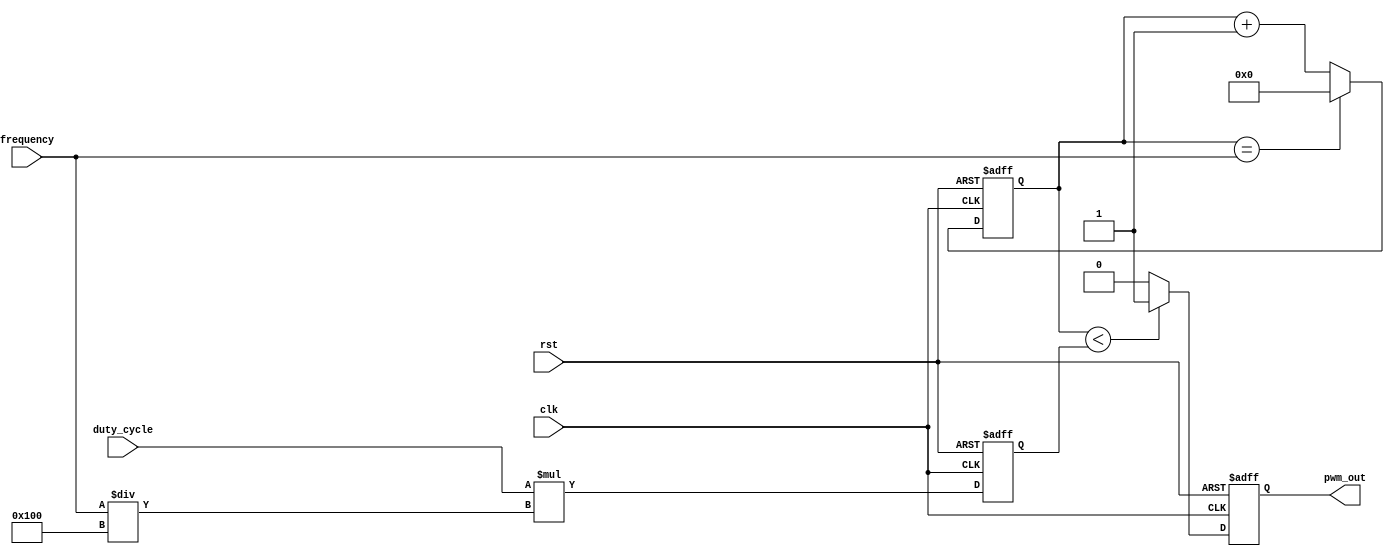
module PWM_generator(
    input wire clk,             // Clock input
    input wire rst,             // Reset input
    input wire [7:0] duty_cycle,// Duty cycle input (0-255)
    input wire [15:0] frequency,// Frequency input
    output reg pwm_out          // PWM output
);

reg [15:0] count = 0;           // Counter to keep track of clock cycles
reg [7:0] threshold = 0;        // Threshold for duty cycle comparison

always @ (posedge clk or posedge rst) begin
    if(rst) begin
        count <= 0;
        threshold <= 0;
        pwm_out <= 0;
    end
    else begin
        // Update threshold based on duty cycle
        threshold <= (duty_cycle * (frequency / 256));
        
        // Increment counter
        count <= count + 1;
        
        // Generate PWM waveform
        if(count < threshold) begin
            pwm_out <= 1;
        end
        else begin
            pwm_out <= 0;
        end
        
        // Reset counter if reached end of period
        if(count == frequency) begin
            count <= 0;
        end
    end
end

endmodule